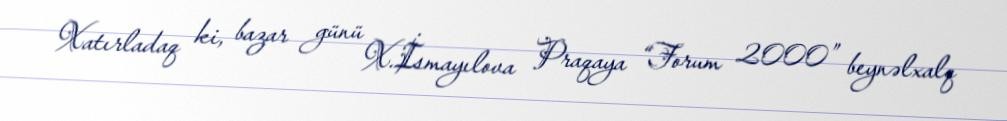
Xatırladaq ki, bazar günü X.İsmayılova Praqaya “Forum 2000” beynəlxalq